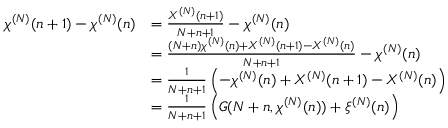
\begin{array} { r l } { \chi ^ { ( N ) } ( n + 1 ) - \chi ^ { ( N ) } ( n ) } & { = \frac { X ^ { ( N ) } ( n + 1 ) } { N + n + 1 } - \chi ^ { ( N ) } ( n ) } \\ & { = \frac { ( N + n ) \chi ^ { ( N ) } ( n ) + X ^ { ( N ) } ( n + 1 ) - X ^ { ( N ) } ( n ) } { N + n + 1 } - \chi ^ { ( N ) } ( n ) } \\ & { = \frac { 1 } { N + n + 1 } \left( - \chi ^ { ( N ) } ( n ) + X ^ { ( N ) } ( n + 1 ) - X ^ { ( N ) } ( n ) \right) } \\ & { = \frac { 1 } { N + n + 1 } \left( G ( N + n , \chi ^ { ( N ) } ( n ) ) + \xi ^ { ( N ) } ( n ) \right) } \end{array}